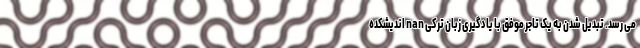
می رسد. تبدیل شدن به یک تاجر موفق با یادگیری زبان ترکی nan اندیشکده